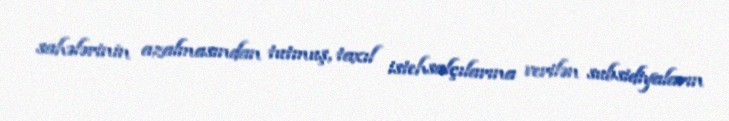
sahələrinin azalmasından tutmuş, taxıl istehsalçılarına verilən subsidiyaların